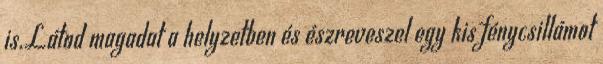
is.Látod magadat a helyzetben és észreveszel egy kis fénycsillámot